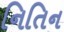
નિતિન